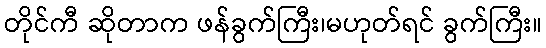
တိုင်ကီ ဆိုတာက ဖန်ခွက်ကြီး၊မဟုတ်ရင် ခွက်ကြီး။